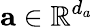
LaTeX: \mathbf{a}\in\mathbb{R}^{d_{a}}